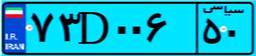
۷۳D۰۰۶۵۰